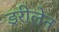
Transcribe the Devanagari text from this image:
ड्ररीलेन